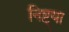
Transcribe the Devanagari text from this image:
निष्ट्या